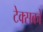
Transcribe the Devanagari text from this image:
टेक्सको